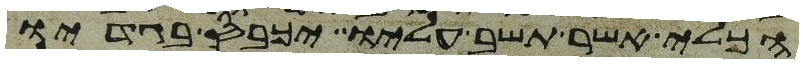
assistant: הכלי אשר תשב עליו יכבס בגדיו